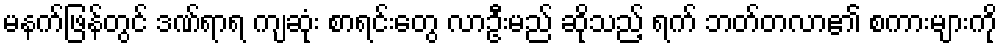
မနက်ဖြန်တွင် ဒဏ်ရာရ ကျဆုံး စာရင်းတွေ လာဦးမည် ဆိုသည့် ရက် ဘတ်တလာ၏ စကားများကို